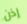
إذن